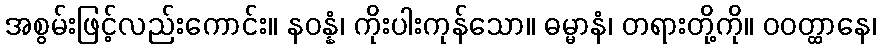
အစွမ်းဖြင့်လည်းကောင်း။ နဝန္နံ၊ ကိုးပါးကုန်သော။ ဓမ္မာနံ၊ တရားတို့ကို။ ဝဝတ္ထာနေ၊